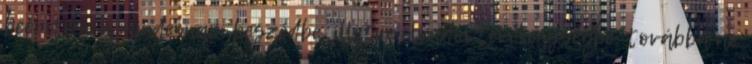
beépítése a mindennapi beszédbe, illetve előadói tevékenységbe, továbbá az